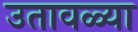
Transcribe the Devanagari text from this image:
उतावळ्या